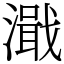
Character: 濈